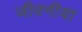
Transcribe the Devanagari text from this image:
जीवनीया